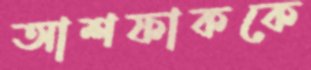
আশফাককে